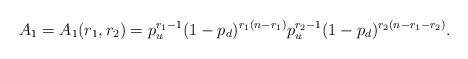
LaTeX: \begin{align*}A_1 = A_1(r_1,r_2) = p_u^{r_1-1}(1-p_d)^{r_1(n-r_1)}p_u^{r_2-1}(1-p_d)^{r_2(n-r_1-r_2)}.\end{align*}